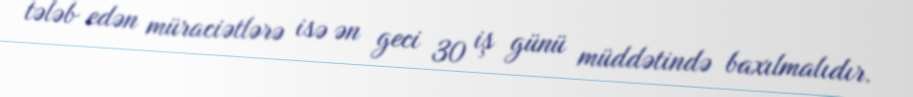
tələb edən müraciətlərə isə ən geci 30 iş günü müddətində baxılmalıdır.